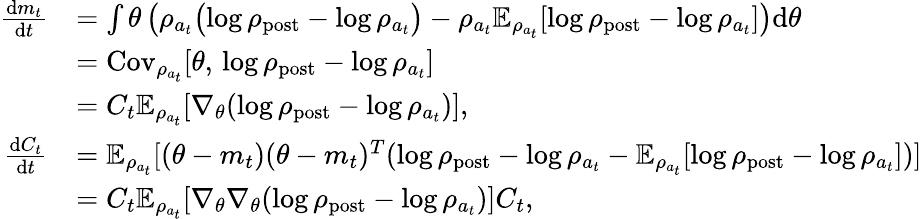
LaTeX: \begin{array}{rl}{\frac{\mathrm{d}m_{t}}{\mathrm{d}t}}&{=\int\theta\left(\rho_{a_{t}}\bigl(\log\rho_{\mathrm{post}}-\log\rho_{a_{t}}\bigr)-\rho_{a_{t}}\mathbb{E}_{\rho_{a_{t}}}[\log\rho_{\mathrm{post}}-\log\rho_{a_{t}}]\right)\mathrm{d}\theta}\\ &{=\mathrm{Cov}_{\rho_{a_{t}}}[\theta,\, \log\rho_{\mathrm{post}}-\log\rho_{a_{t}}]}\\ &{=C_{t}\mathbb{E}_{\rho_{a_{t}}}[\nabla_{\theta}(\log\rho_{\mathrm{post}}-\log\rho_{a_{t}})],}\\ {\frac{\mathrm{d}C_{t}}{\mathrm{d}t}}&{=\mathbb{E}_{\rho_{a_{t}}}[(\theta-m_{t})(\theta-m_{t})^{T}(\log\rho_{\mathrm{post}}-\log\rho_{a_{t}}-\mathbb{E}_{\rho_{a_{t}}}[\log\rho_{\mathrm{post}}-\log\rho_{a_{t}}])]}\\ &{=C_{t}\mathbb{E}_{\rho_{a_{t}}}[\nabla_{\theta}\nabla_{\theta}(\log\rho_{\mathrm{post}}-\log\rho_{a_{t}})]C_{t},}\end{array}